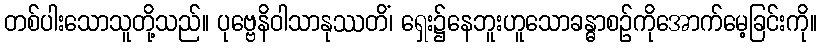
တစ်ပါးသောသူတို့သည်။ ပုဗ္ဗေနိဝါသာနုဿတိံ၊ ရှေး၌နေဘူးဟူသောခန္ဓာစဉ်ကိုအောက်မေ့ခြင်းကို။